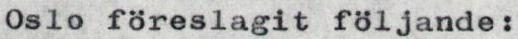
Oslo föreslagit följande: